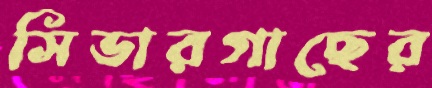
সিডারগাছের